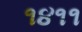
૧૪૧૧